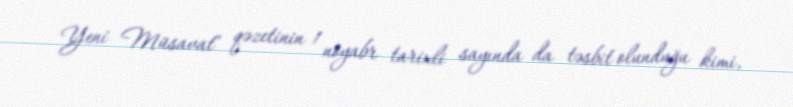
Yeni Müsavat" qəzetinin 1 noyabr tarixli sayında da təsbit olunduğu kimi,